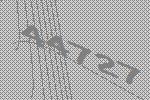
44727